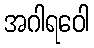
အဂါရဝေါ